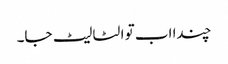
چندا اب تو الٹا لیٹ جا۔